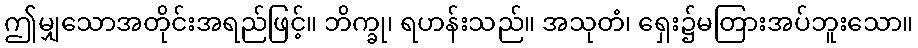
ဤမျှသောအတိုင်းအရည်ဖြင့်။ ဘိက္ခု၊ ရဟန်းသည်။ အသုတံ၊ ရှေး၌မတြားအပ်ဘူးသော။